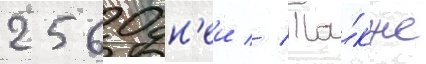
2560 дн'еи // Та́кже